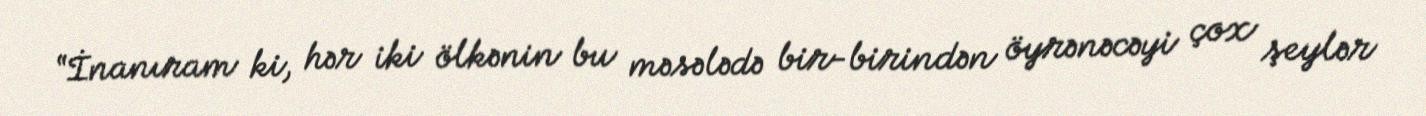
“İnanıram ki, hər iki ölkənin bu məsələdə bir-birindən öyrənəcəyi çox şeylər